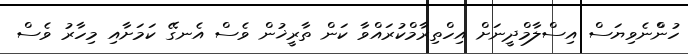
ހުންްނެވިޔަސް އިސްލާމްދީނަށް އިހްތިރާމްކުރައްވާ ކަން ތާރީޚުން ވެސް އެނގޭ ކަމަށާއި މިހާރު ވެސް